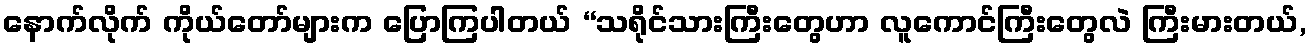
နောက်လိုက် ကိုယ်တော်များက ပြောကြပါတယ် “သရိုင်သားကြီးတွေဟာ လူကောင်ကြီးတွေလဲ ကြီးမားတယ်,